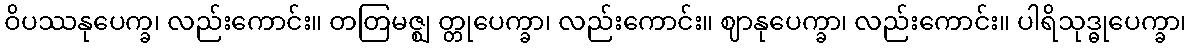
ဝိပဿနုပေက္ခ၊ လည်းကောင်း။ တတြမဇ္ဈ တ္တုပေက္ခာ၊ လည်းကောင်း။ ဈာနုပေက္ခာ၊ လည်းကောင်း။ ပါရိသုဒ္ဓုပေက္ခာ၊